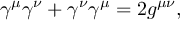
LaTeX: \gamma ^ { \mu } \gamma ^ { \nu } + \gamma ^ { \nu } \gamma ^ { \mu } = 2 g ^ { \mu \nu } ,